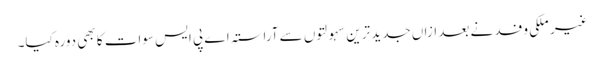
غیر ملکی وفد نے بعد ازاں جدید ترین سہولتوں سے آراستہ اے پی ایس سوات کا بھی دورہ کیا۔